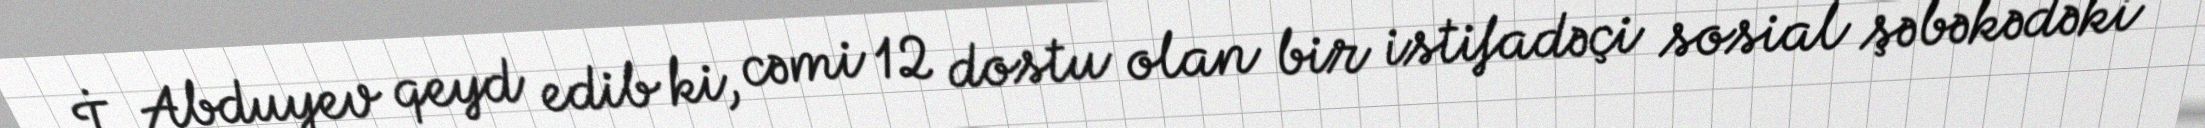
İ. Abduyev qeyd edib ki, cəmi 12 dostu olan bir istifadəçi sosial şəbəkədəki